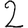
Digit: 2